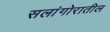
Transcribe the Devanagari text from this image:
सलांगोरातील